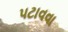
પટાવવા